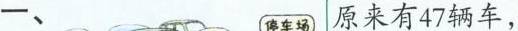
一、 停车场 原来有47辆车，